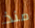
منذ